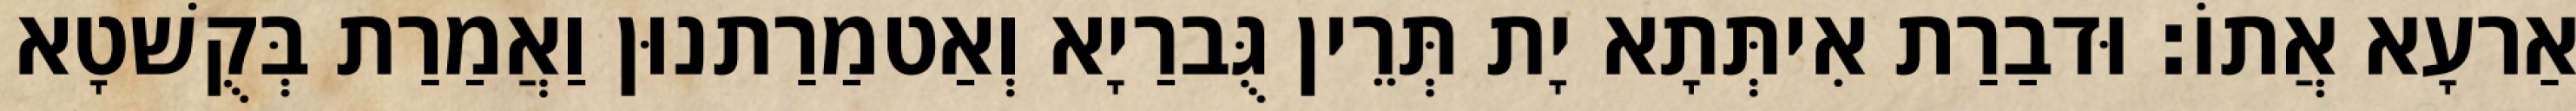
אַרעָא אֲתוֹ׃ וּדבַרַת אִיתְּתָא יָת תְּרֵין גֻּברַיָא וְאַטמַרַתנוּן וַאֲמַרַת בְּקֻשׁטָא